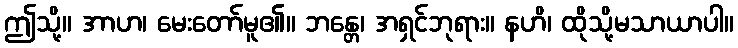
ဤသို့။ အာဟ၊ မေးတော်မူ၏။ ဘန္တေ၊ အရှင်ဘုရား။ နဟိ၊ ထိုသို့မသာယာပါ။